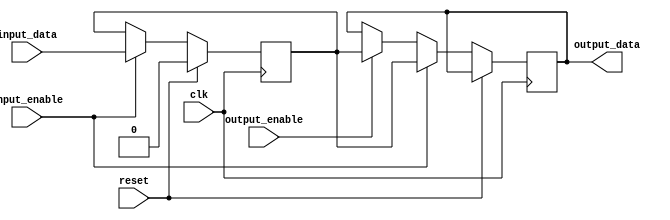
module CompensatedBidirectionalBuffer (
    input wire clk,
    input wire reset,
    input wire input_data,
    input wire input_enable,
    output reg output_data,
    input wire output_enable
);

reg buffer;

always @(posedge clk) begin
    if (reset) begin
        buffer <= 1'b0;
    end else if (input_enable) begin
        buffer <= input_data;
        output_data <= buffer;
    end else if (output_enable) begin
        output_data <= buffer;
    end
end

endmodule